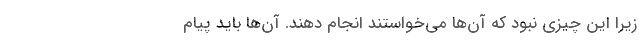
زیرا این چیزی نبود که آن‌ها می‌خواستند انجام دهند. آن‌ها باید پیام